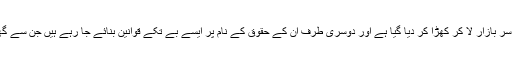
ایک طرف انھیں آزادی کے نام پر بر سرِ بازار لا کر کھڑا کر دیا گیا ہے اور دوسری طرف ان کے حقوق کے نام پر ایسے بے تکے قوانین بنائے جا رہے ہیں جن سے گھر کا چین و سکون غارت ہو گیا ہے ۔